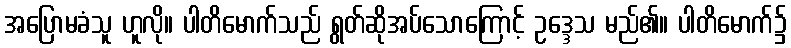
အပြောမခံသူ ဟူလို။ ပါတိမောက်သည် ရွတ်ဆိုအပ်သောကြောင့် ဥဒ္ဒေသ မည်၏။ ပါတိမောက်၌